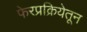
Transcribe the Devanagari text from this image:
फेरप्रक्रियेतून